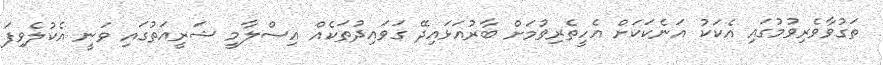
ތަގުވާވެރިވުމުގައި އެކަކު އަނެކަކަށް އެހީތެރިވުމަށް ބާރުއަޅައިދޭ ގަވައިދުތަކެއް އިސްލާމީ ޝަރީއަތުގައި ވަނީ އެކުލެވިފަ